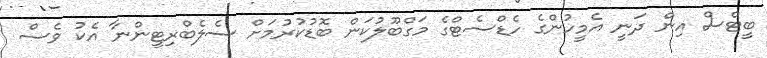
ބީޓްސް އިން ދަނީ އެމީހުންގެ ހެޑްސެޓްގެ މަގްބޫލުކަން ބޮޑުކުރުމަށް ސެލެބްރިޓީންނާ އެކު ވެސް